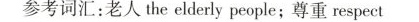
参考词汇：老人the elderly people；尊重respect